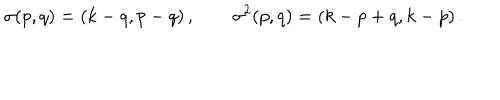
LaTeX: \sigma ( p , q ) = ( k - q , p - q ) \, , \qquad \sigma ^ { 2 } ( p , q ) = ( k - p + q , k - p ) \, .